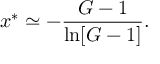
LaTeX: x ^ { * } \simeq - { \frac { G - 1 } { \ln [ G - 1 ] } } .